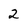
Character: 2